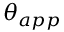
\theta _ { a p p }